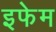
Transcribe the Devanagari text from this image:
इफेम